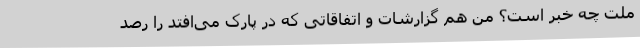
ملت چه خبر است؟ من هم گزارشات و اتفاقاتی که در پارک می‌افتد را رصد